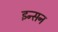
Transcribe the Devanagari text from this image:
इन्सन